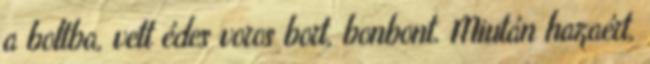
a boltba, vett édes voros bort, bonbont. Miután hazaért,